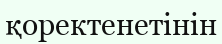
қоректенетінін